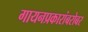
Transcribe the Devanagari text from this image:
गायनप्रकारांबरोबर